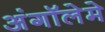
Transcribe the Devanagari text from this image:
अंगॉलेमे